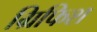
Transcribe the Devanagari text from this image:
ग्रिफिश